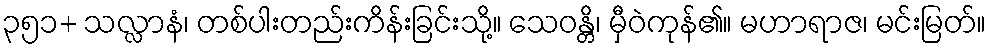
၃၅၁+ သလ္လာနံ၊ တစ်ပါးတည်းကိန်းခြင်းသို့။ သေဝန္တိ၊ မှီဝဲကုန်၏။ မဟာရာဇ၊ မင်းမြတ်။